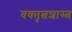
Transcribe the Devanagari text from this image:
वक्‍तृत्वशास्त्र